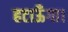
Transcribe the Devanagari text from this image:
हटाऊँगा।